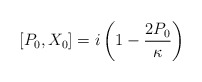
\begin{align*} [P_0, X_0] = i\left(1 - \frac{2P_0}\kappa \right)\end{align*}